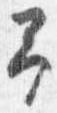
予